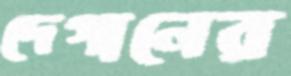
দেগানের